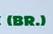
(br.)